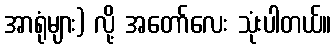
အာရုံများ) လို့ အတော်လေး သုံးပါတယ်။